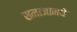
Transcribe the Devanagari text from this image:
समाजामधे